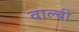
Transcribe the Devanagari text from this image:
वाल्बी